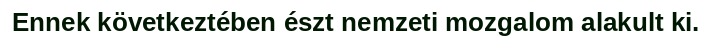
Ennek következtében észt nemzeti mozgalom alakult ki.